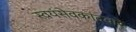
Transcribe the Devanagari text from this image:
स्वयंसेवकांदवारे